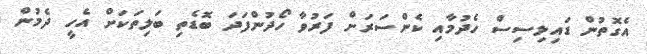
އެގޮތުން ޑައިލިސިސް ހެދުމާއި ކެންސަރަށް ފަރުވާ ހޯދުންފަދަ ބޮޑެތި ބަލިތަކަށް އެހީ ދެމުން